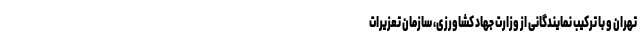
تهران و با ترکیب نمایندگانی از وزارت جهاد کشاورزی، سازمان تعزیرات